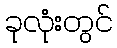
ခုလုံးတွင်